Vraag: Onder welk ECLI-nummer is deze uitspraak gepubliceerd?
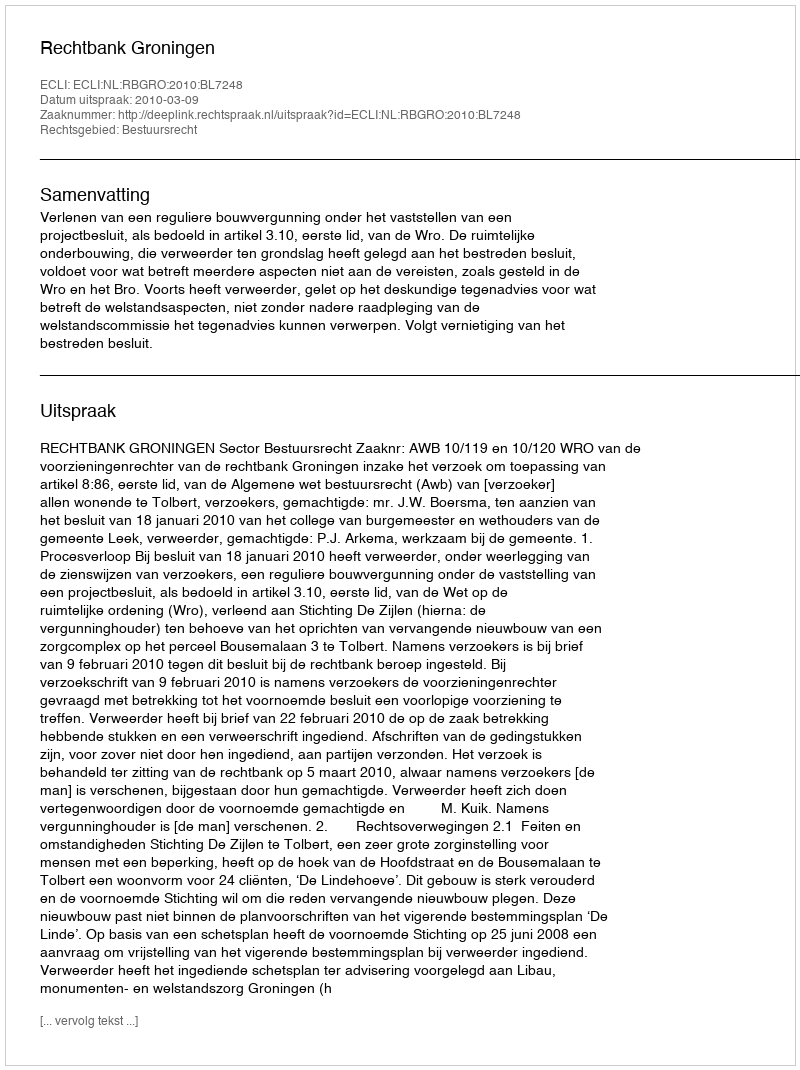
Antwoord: ECLI:NL:RBGRO:2010:BL7248